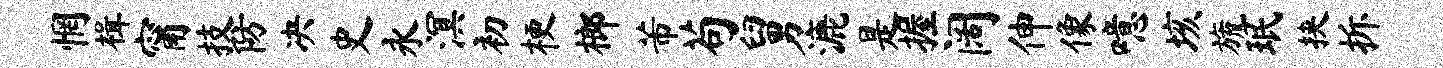
惘楫甯技防决史永溟初梗榔芾苟舅漉是握阔伸像噫垓旒珉挟拆